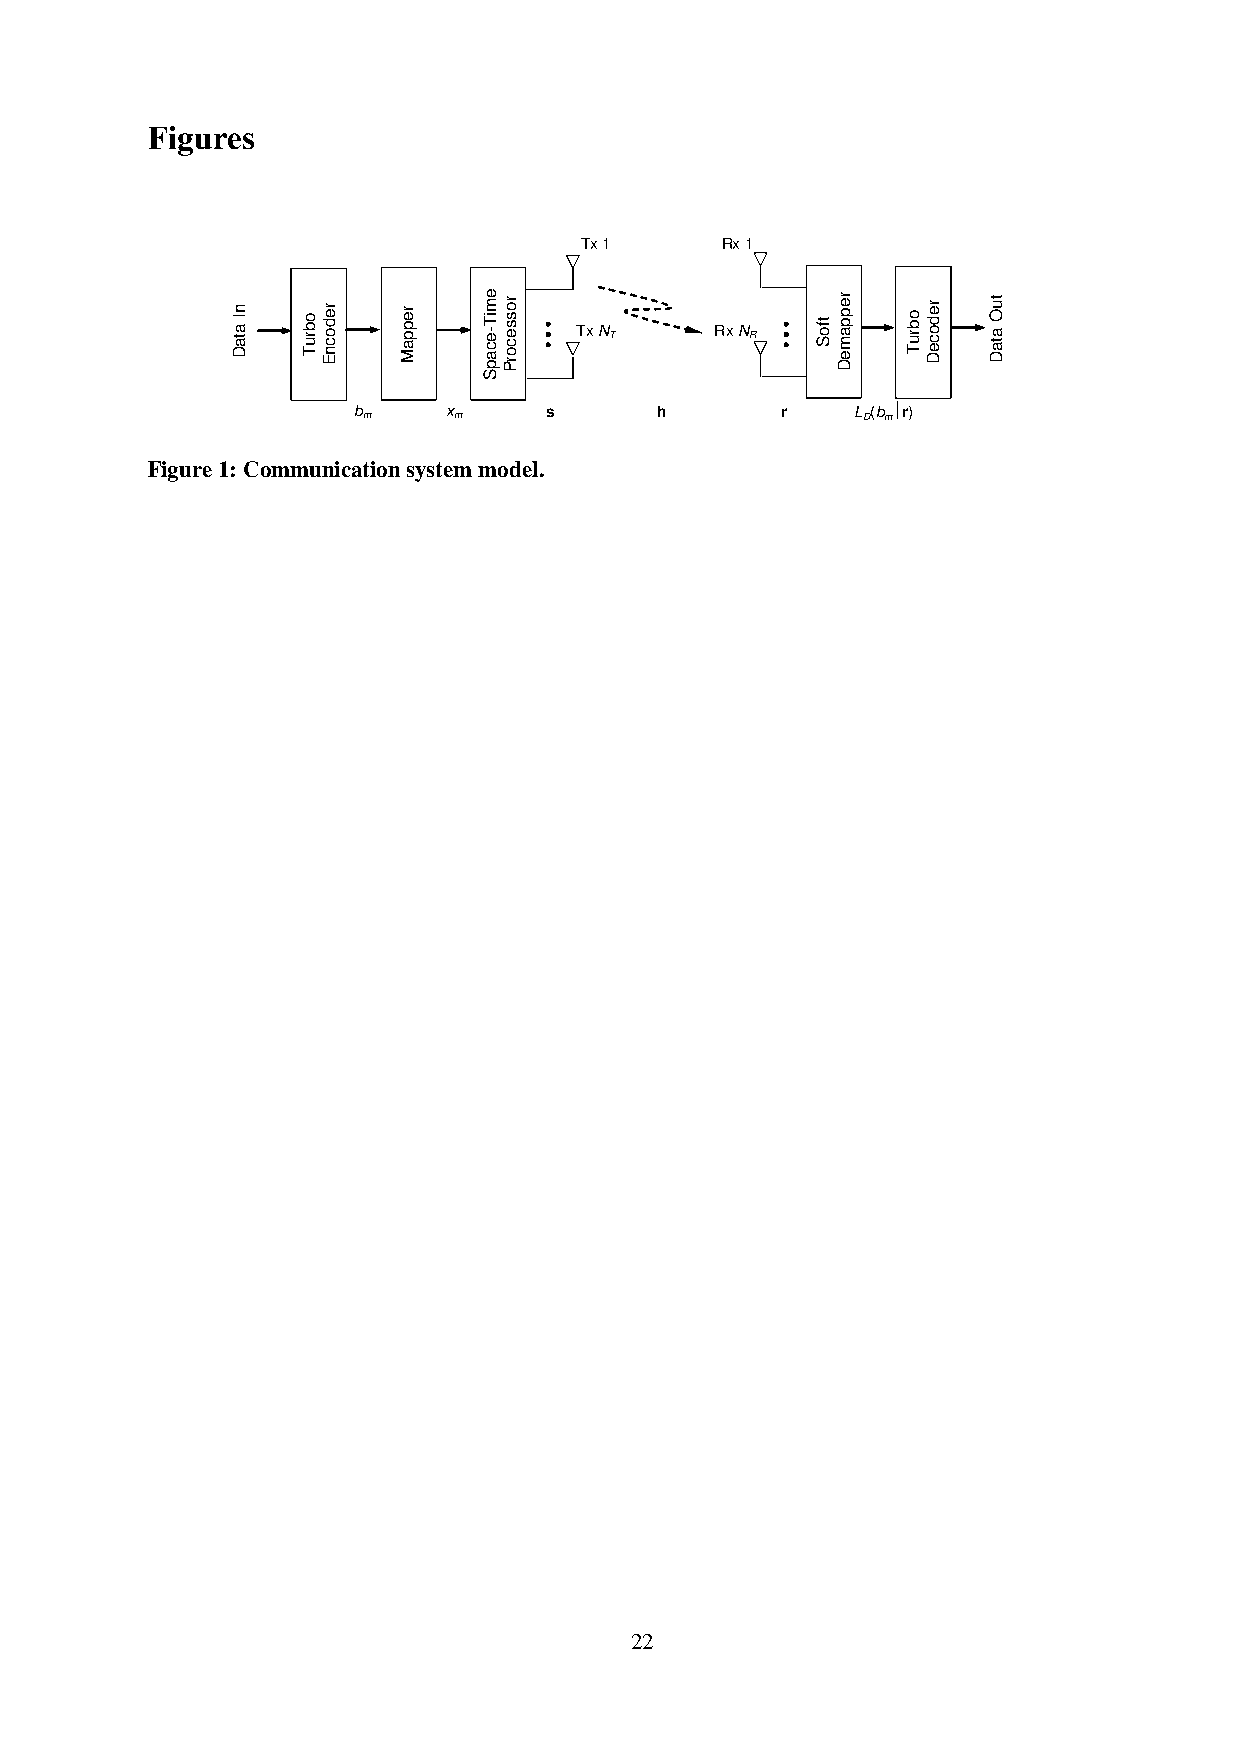
Figures
 Tx 1      Rx 1
 Tx N T   Rx N R
 b
 m
 x
 m
 s      h        r    L D(b mr)
 Figure 1: Communication system model.
 22
 nI ataD obruT redocnE reppaM emiT-ecapS rossecorP … … tfoS reppameD obruT redoceD tuO ataD